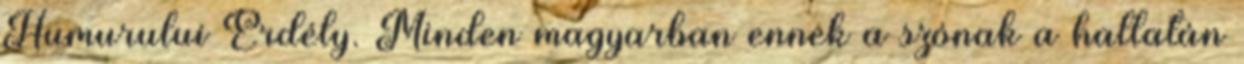
Humurului Erdély. Minden magyarban ennek a szónak a hallatán